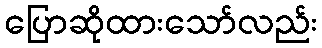
ပြောဆိုထားသော်လည်း